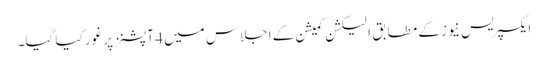
ایکسپریس نیوز کے مطابق الیکشن کمیشن کے اجلاس میں 4 آپشنز پر غور کیا گیا۔